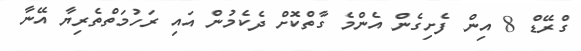
ގްރޭޑް 8 އިން ފެށިގެން އެންމެ ގާތްކޮށް ދެކެމުން އައި ރަހުމަތްތެރިޔާ އޭނާ